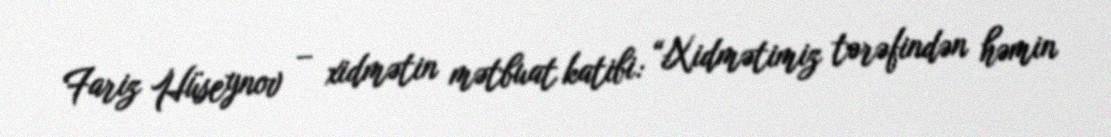
Fariz Hüseynov – xidmətin mətbuat katibi: “Xidmətimiz tərəfindən həmin